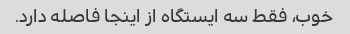
خوب، فقط سه ایستگاه از اینجا فاصله دارد.